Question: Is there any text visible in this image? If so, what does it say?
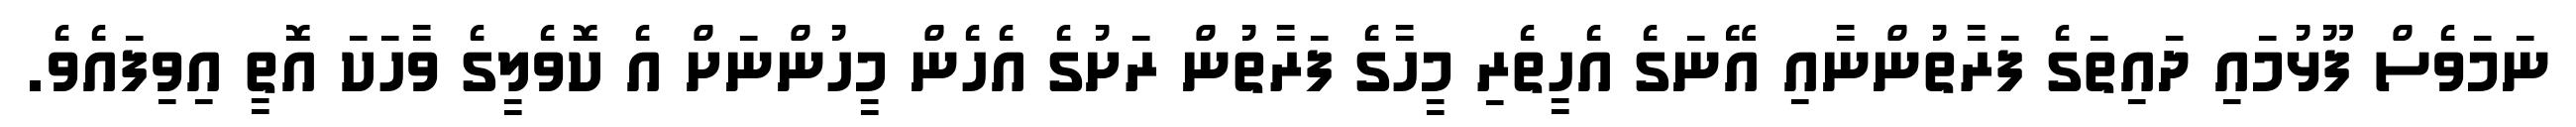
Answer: ނަމަވެސް ފޫޅުމައި ދައިތަގެ ފަރާތުންނާއި އޭނަގެ އެހީތެރި މީހާގެ ފަރާތުން ރަށުގެ އެހެން މީހުންނަށް އެ ކޮވެލީގެ ވާހަކަ އޮތީ އިވިފައެވެ.